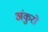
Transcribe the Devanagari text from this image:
अंकुरो